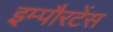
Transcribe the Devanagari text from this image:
इम्पौरटेंस